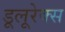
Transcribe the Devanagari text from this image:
डूलूरेक्स